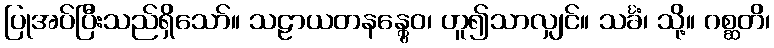
ပြုအပ်ပြီးသည်ရှိသော်။ သဠာယတနန္တွေဝ၊ ဟူ၍သာလျှင်။ သင်္ခံ၊ သို့။ ဂစ္ဆတိ၊